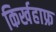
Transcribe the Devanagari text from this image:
किर्खहाफ्र